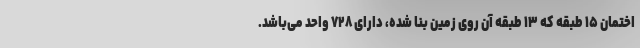
اختمان ۱۵ طبقه که ۱۳ طبقه آن روی زمین بنا شده، دارای ۷۲۸ واحد می‌باشد.